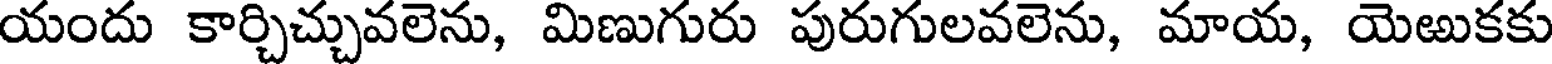
యందు కార్చిచ్చువలెను, మిణుగురు పురుగులవలెను, మాయ, యెఱుకకు